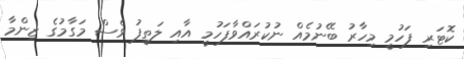
ކޮޓަރި ފަހުމީ މިހާރު ބޭނުމެއް ނުކުރައްވާފަހުމީ އާއި ލަތީފު ވެސް މަގާމުގެ ޒިންމާ